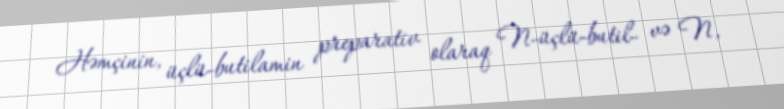
Həmçinin, üçlü-butilamin preparativ olaraq N-üçlü-butil- və N,